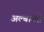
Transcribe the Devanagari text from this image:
अल्बारेतो